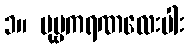
၁။ ပုဗ္ဗကရဏလေးပါး